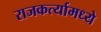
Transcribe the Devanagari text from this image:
राजकर्त्यामध्ये